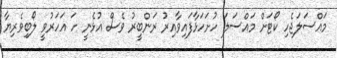
މައްސަލަޖެހި ކޯޓަށް މައްސަލަ ހުށަހަޅާފައިވާއިރު ރަންބީރު ވެސް އުޅެނީ ހަ އަހަރުވީ ލޯބިވެރިޔާ